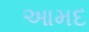
આમદ